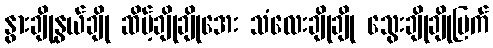
နွားချိုနွယ်ချို ဆိမ့်ချိုချိုအေး သံလေးချိုချို သွေးချိုချိုမြက်